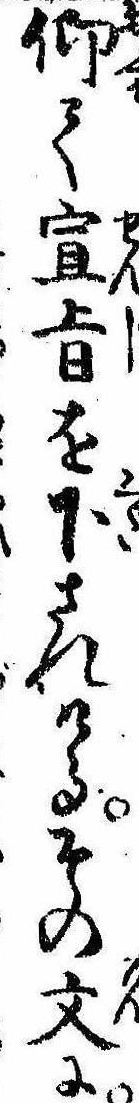
仰て宣㫖を下されけるその文に